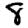
Digit: 8